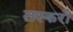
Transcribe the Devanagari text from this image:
तस्करौं